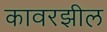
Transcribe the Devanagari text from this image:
कावरझील